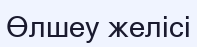
Өлшеу желісі